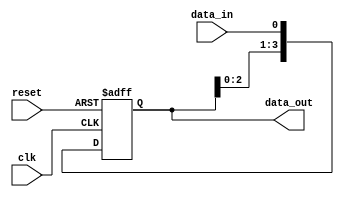
module SIPO_shift_register(
    input wire clk,
    input wire reset,
    input wire data_in,
    output reg [3:0] data_out
);

reg [3:0] shift_reg;

always @(posedge clk or posedge reset) begin
    if (reset) begin
        shift_reg <= 4'b0000;
    end else begin
        shift_reg <= {shift_reg[2:0], data_in};
    end
end

assign data_out = shift_reg;

endmodule